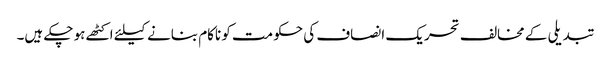
تبدیلی کے مخالف تحریک انصاف کی حکومت کو ناکام بنانے کیلئے اکٹھے ہو چکے ہیں۔